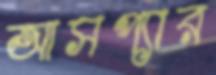
আসপ্যার